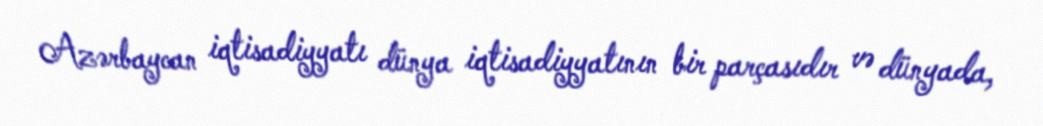
Azərbaycan iqtisadiyyatı dünya iqtisadiyyatının bir parçasıdır və dünyada,